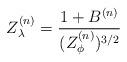
LaTeX: \begin{align*}Z_{\lambda }^{(n)}=\frac{1+B^{(n)}}{(Z_{\phi }^{(n)})^{3/2}}\end{align*}